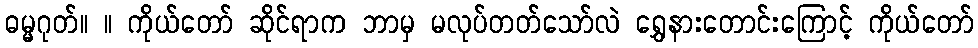
ဓမ္မဂုတ်။ ။ ကိုယ်တော် ဆိုင်ရာက ဘာမှ မလုပ်တတ်သော်လဲ ရွှေနားတောင်းကြောင့် ကိုယ်တော်